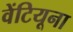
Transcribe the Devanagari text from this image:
वेंटियूना